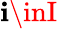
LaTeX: \mathbf{i}\inI